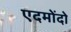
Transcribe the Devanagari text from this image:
एदमोंदो